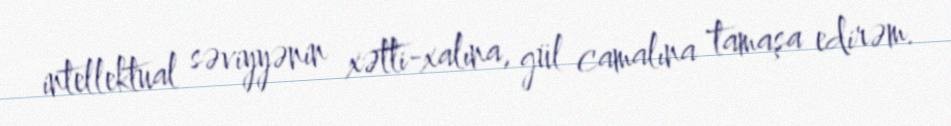
intellektual səviyyənin xətti-xalına, gül camalına tamaşa edirəm.